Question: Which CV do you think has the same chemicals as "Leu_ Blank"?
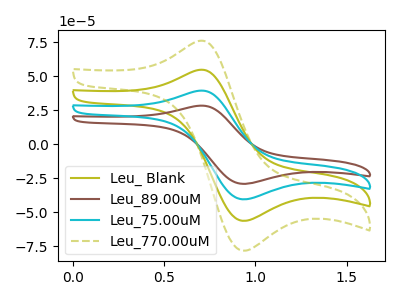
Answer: <think>The olive curve "Leu_ Blank" has an anodic peak at (0.70V, 54.60uA) and a cathodic peak at (0.95V, -56.40uA). The brown curve "Leu_89.00uM" has an anodic peak at (0.70V, 163.75uA) and a cathodic peak at (0.95V, -169.15uA). The cyan curve "Leu_75.00uM" has an anodic peak at (0.70V, 109.15uA) and a cathodic peak at (0.95V, -112.75uA). The olive dashed curve "Leu_770.00uM" has an anodic peak at (0.70V, 75.85uA) and a cathodic peak at (0.95V, -78.35uA).
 All the peaks in "Leu_ Blank" have a peak in "Leu_89.00uM" at the same potential. Every peak in "Leu_ Blank" is lower than every peak in "Leu_89.00uM". All the peaks in "Leu_ Blank" have a peak in "Leu_75.00uM" at the same potential. Every peak in "Leu_ Blank" is lower than every peak in "Leu_75.00uM". All the peaks in "Leu_ Blank" have a peak in "Leu_770.00uM" at the same potential. Every peak in "Leu_ Blank" is lower than every peak in "Leu_770.00uM". All the peaks in "Leu_89.00uM" have a peak in "Leu_75.00uM" at the same potential. Every peak in "Leu_89.00uM" is higher than every peak in "Leu_75.00uM". All the peaks in "Leu_89.00uM" have a peak in "Leu_770.00uM" at the same potential. Every peak in "Leu_89.00uM" is higher than every peak in "Leu_770.00uM". All the peaks in "Leu_75.00uM" have a peak in "Leu_770.00uM" at the same potential. Every peak in "Leu_75.00uM" is higher than every peak in "Leu_770.00uM".</think>
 <answer>"Leu_ Blank", "Leu_89.00uM" and "Leu_75.00uM" have a similar shape to "Leu_770.00uM".</answer>
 <eval>"Leu_ Blank" "Leu_89.00uM" "Leu_75.00uM"</eval>